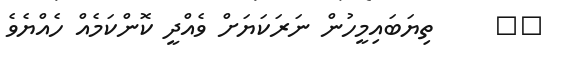
٤٢     ތިޔަބައިމީހުން ނަރަކަޔަށް ވެއްދީ ކޮންކަމެއް ހެއްޔެވެ